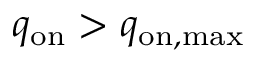
q _ { \mathrm { o n } } > q _ { \mathrm { o n , m a x } }